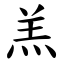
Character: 羔